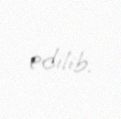
edilib.